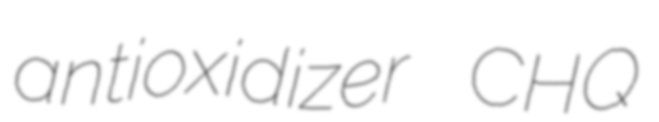
antioxidizer CHQ